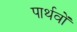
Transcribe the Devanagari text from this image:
पार्थवों